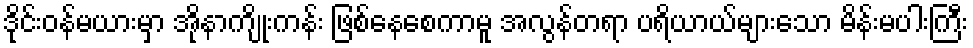
ဒိုင်းဝန်မယားမှာ အိုနာကျိုးကန်း ဖြစ်နေစေကာမူ အလွန်တရာ ပရိယာယ်များသော မိန်းမပါးကြီး